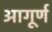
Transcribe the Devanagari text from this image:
आगूर्ण